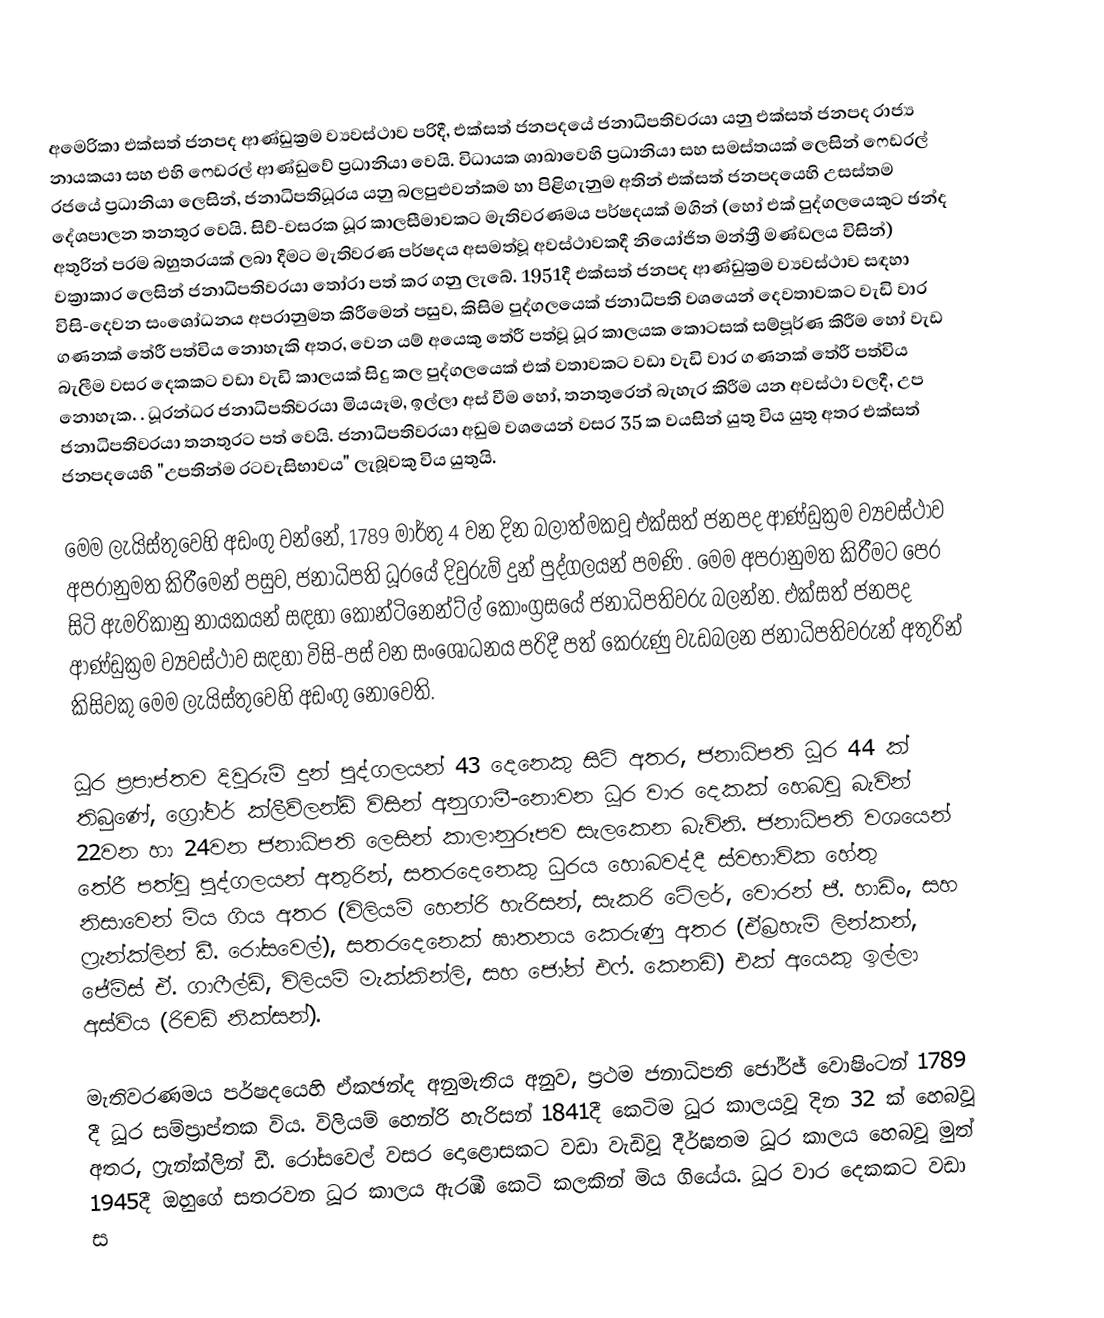
අමෙරිකා එක්සත් ජනපද ආණ්ඩුක්‍රම ව්‍යවස්ථාව පරිදී, එක්සත් ජනපදයේ ජනාධිපතිවරයා යනු  එක්සත් ජනපද රාජ්‍ය නායකයා සහ එහි ෆෙඩරල් ආණ්ඩුවේ ප්‍රධානියා වෙයි. විධායක ශාඛාවෙහි ප්‍රධානියා සහ සමස්තයක් ලෙසින් ෆෙඩරල් රජයේ ප්‍රධානියා ලෙසින්, ජනාධිපතිධූරය යනු  බලපුළුවන්කම හා පිළිගැනුම අතින් එක්සත් ජනපදයෙහි උසස්තම දේශපාලන තනතුර වෙයි. සිව්-වසරක ධූර කාලසීමාවකට  මැතිවරණමය පර්ෂදයක් මගින් (හෝ එක් පුද්ගලයෙකුට  ඡන්ද අතුරින් පරම බහුතරයක් ලබා දීමට මැතිවරණ පර්ෂදය අසමත්වූ අවස්ථාවකදී නියෝජිත මන්ත්‍රී මණ්ඩලය විසින්) වක්‍රාකාර ලෙසින් ජනාධිපතිවරයා තෝරා පත් කර ගනු ලැබේ. 1951දී  එක්සත් ජනපද ආණ්ඩුක්‍රම ව්‍යවස්ථාව සඳහා විසි-දෙවන සංශෝධනය අපරානුමත කිරීමෙන් පසුව,   කිසිම පුද්ගලයෙක් ජනාධිපති වශයෙන් දෙවතාවකට වැඩි වාර ගණනක් තේරී පත්විය නොහැකි අතර, වෙන යම් අයෙකු තේරී පත්වූ ධූර කාලයක කොටසක් සම්පූර්ණ කිරීම හෝ වැඩ බැලීම වසර දෙකකට වඩා වැඩි කාලයක් සිදු කල පුද්ගලයෙක් එක් වතාවකට වඩා වැඩි වාර ගණනක් තේරී පත්විය නොහැක. . ධූරන්ධර ජනාධිපතිවරයා මියයෑම, ඉල්ලා අස් වීම හෝ, තනතුරෙන් බැහැර කිරීම යන අවස්ථා වලදී, උප ජනාධිපතිවරයා තනතුරට පත් වෙයි. ජනාධිපතිවරයා අඩුම වශයෙන් වසර 35 ක වයසින් යුතු විය යුතු අතර එක්සත් ජනපදයෙහි  "උපතින්ම රටවැසිභාවය" ලැබූවකු විය යුතුයි.

මෙම ලැයිස්තුවෙහි අඩංගු වන්නේ,   1789 මාර්තු 4 වන දින බලාත්මකවූ එක්සත් ජනපද ආණ්ඩුක්‍රම ව්‍යවස්ථාව අපරානුමත කිරීමෙන් පසුව, ජනාධිපති ධූරයේ දිවුරුම් දුන් පුද්ගලයන් පමණි . මෙම අපරානුමත කිරීමට පෙර සිටි ඇමරිකානු නායකයන් සඳහා  කොන්ටිනෙන්ට්ල් කොංග්‍රසයේ ජනාධිපතිවරු බලන්න.  එක්සත් ජනපද ආණ්ඩුක්‍රම ව්‍යවස්ථාව සඳහා විසි-පස් වන සංශෝධනය පරිදී  පත් කෙරුණු වැඩබලන ජනාධිපතිවරුන් අතුරින් කිසිවකු මෙම ලැයිස්තුවෙහි අඩංගු නොවෙති.

ධූර ප්‍රපාප්තව දිවුරුම් දුන් පුද්ගලයන් 43 දෙනෙකු සිටි අතර, ජනාධිපති ධූර 44 ක් තිබුණේ, ග්‍රෝවර් ක්ලීව්ලන්ඩ් විසින් අනුගාමී-නොවන ධූර වාර දෙකක් හෙබවූ බැවින් 22වන හා 24වන ජනාධිපති ලෙසින් කාලානුරූපව සැලකෙන බැවිනි. ජනාධිපති වශයෙන් තේරී පත්වූ පුද්ගලයන් අතුරින්, සතරදෙනෙකු ධුරය හොබවද්දී ස්වභාවික හේතු නිසාවෙන් මිය ගිය අතර (විලියම් හෙන්රි හැරිසන්, සැකරි ටේලර්, වොරන් ජී. හාඩිං, සහ ෆ්‍රැන්ක්ලින් ඩී. රෝසවෙල්), සතරදෙනෙක් ඝාතනය කෙරුණු අතර (ඒබ්‍රහැම් ලින්කන්, ජේම්ස් ඒ. ගාෆීල්ඩ්, විලියම් මැක්කින්ලි, සහ ජෝන්  එෆ්. කෙනඩි) එක් අයෙකු ඉල්ලා අස්විය (රිචඩ් නික්සන්).

 මැතිවරණමය පර්ෂදයෙහි ඒකඡන්ද අනුමැතිය අනුව, ප්‍රථම ජනාධිපති ජෝර්ජ් වොෂිංටන් 1789 දී  ධූර සම්ප්‍රාප්තක විය. විලියම් හෙන්රි හැරිසන් 1841දී කෙටිම ධූර කාලයවූ දින 32 ක් හෙබවූ අතර, ෆ්‍රැන්ක්ලින් ඩී. රෝසවෙල්  වසර දොළොසකට වඩා වැඩිවූ දීර්ඝතම ධූර කාලය හෙබවූ මුත් 1945දී ඔහුගේ සතරවන ධූර කාලය ඇරඹී කෙටි කලකින් මිය ගියේය. ධූර වාර දෙකකට වඩා ස